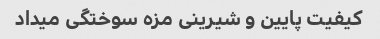
کیفیت‌ پایین و شیرینی مزه سوختگی میداد